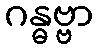
ဂန္ဓဗ္ဗာ